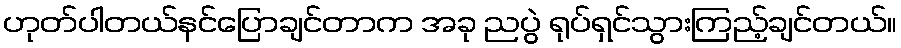
ဟုတ်ပါတယ်နင်ပြောချင်တာက အခု ညပွဲ ရုပ်ရှင်သွားကြည့်ချင်တယ်။